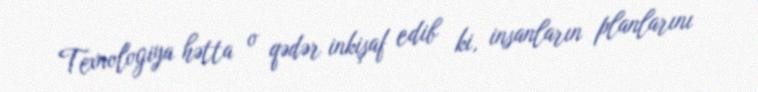
Texnologiya hətta o qədər inkişaf edib ki, insanların planlarını